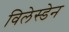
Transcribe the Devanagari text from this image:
विलेस्डेन